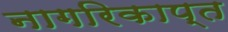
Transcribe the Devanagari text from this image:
नागरिकाप्त